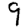
Digit: 9